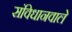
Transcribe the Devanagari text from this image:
संविधानवाले